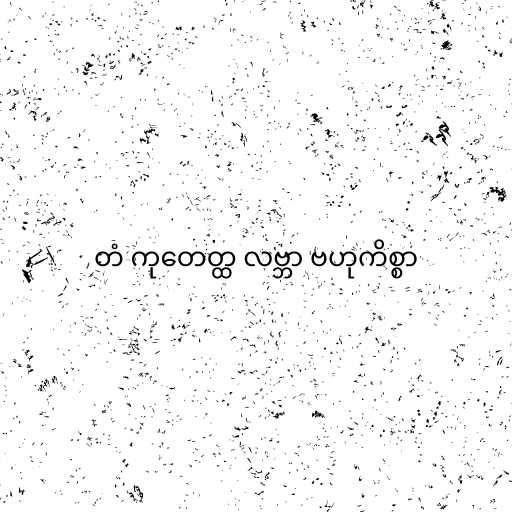
တံ ကုတေတ္ထ လဗ္ဘာ ဗဟုကိစ္စာ